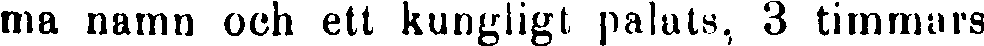
ma namn och ett kungligt palats, 3 timmars